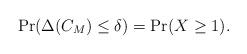
LaTeX: \begin{align*}\Pr(\Delta(C_M)\le\delta)=\Pr(X\ge 1).\end{align*}